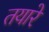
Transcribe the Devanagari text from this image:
तयारे